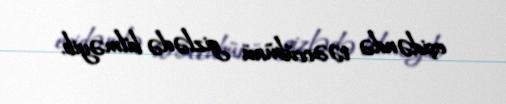
eşidəndə təəccübünü gizlədə bilməyib.